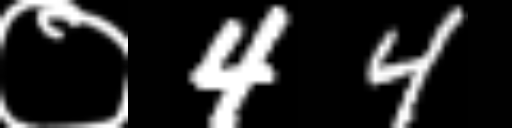
Text: ०44